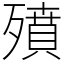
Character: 㱵